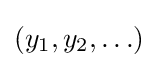
\left(y_{1},y_{2},\ldots \right)